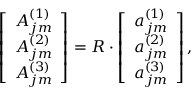
\left[ \begin{array} { c } { { A _ { j m } ^ { ( 1 ) } } } \\ { { A _ { j m } ^ { ( 2 ) } } } \\ { { A _ { j m } ^ { ( 3 ) } } } \end{array} \right] = R \cdot \left[ \begin{array} { c } { { a _ { j m } ^ { ( 1 ) } } } \\ { { a _ { j m } ^ { ( 2 ) } } } \\ { { a _ { j m } ^ { ( 3 ) } } } \end{array} \right] ,